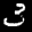
Label: 3